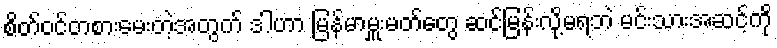
စိတ်ဝင်တစားမေးတဲ့အတွက် ဒါဟာ မြန်မာမှူးမတ်တွေ ဆင်မြန်းလို့မရဘဲ မင်းသားအဆင့်ကို